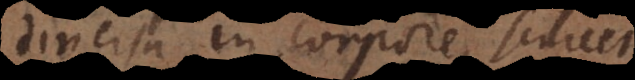
diversa in corpore, scilicet